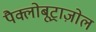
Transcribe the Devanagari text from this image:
पैक्लोबूट्राज़ोल